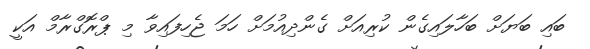
ބައި ބަޔަށް ބަހާލައިގެން ކުރިއަށް ގެންދިއުމަށް ހަމަ ޖެހިފައިވާ މި ޕްރޮގްރާމް އަކީ